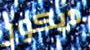
ديكور